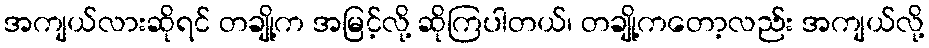
အကျယ်လားဆိုရင် တချို့က အမြင့်လို့ ဆိုကြပါတယ်၊ တချို့ကတော့လည်း အကျယ်လို့